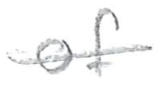
Text: of
Cross-out: single-line
Writing tool: pencil